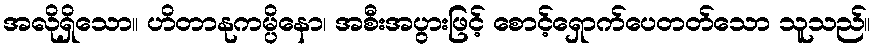
အလိုရှိသော။ ဟိတာနုကမ္ပိနော၊ အစီးအပွားဖြင့် စောင့်ရှောက်ပေတတ်သော သူသည်။